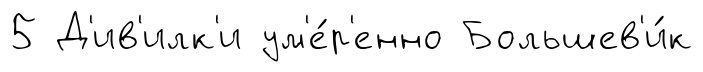
5 Д'ив'илк'и ум'е́р'енно Большев'и́к